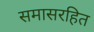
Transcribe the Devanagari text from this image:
समासरहित